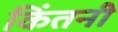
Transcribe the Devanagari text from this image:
किंतनी